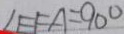
\angle E F A = 9 0 ^ { \circ }